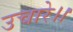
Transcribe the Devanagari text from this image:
उचारे।।